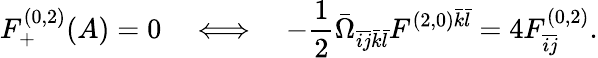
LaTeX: F_{+}^{(0,2)}(A)=0\quad\Longleftrightarrow\quad-\frac{1}{2}\bar{\Omega}_{\bar{i}\bar{j}\bar{k}\bar{l}}F^{(2,0)\bar{k}\bar{l}}=4F_{\bar{i}\bar{j}}^{(0,2)}.